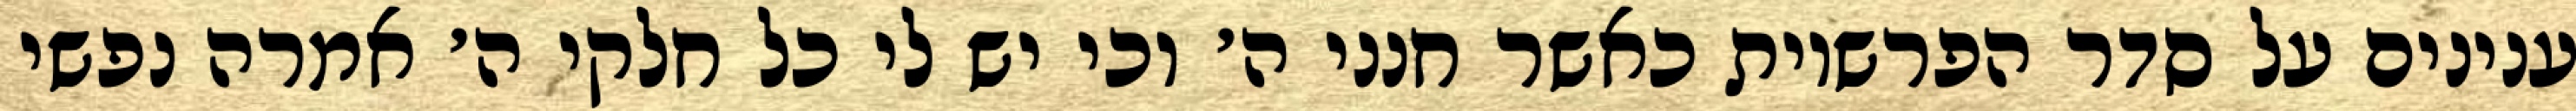
ענינים על סדר הפרשיות כאשר חנני ה׳ וכי יש לי כל חלקי ה׳ אמרה נפשי